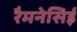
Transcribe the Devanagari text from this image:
रैमनेसिई